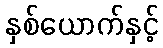
နှစ်ယောက်နှင့်